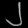
Digit: ၂